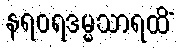
နရဝရဒမ္မသာရထိံ